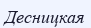
Десницкая